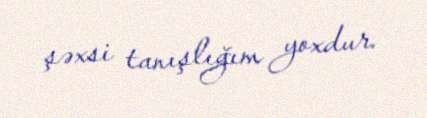
şəxsi tanışlığım yoxdur.